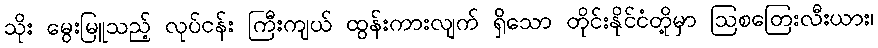
သိုး မွေးမြူသည့် လုပ်ငန်း ကြီးကျယ် ထွန်းကားလျက် ရှိသော တိုင်းနိုင်ငံတို့မှာ ဩစတြေးလီးယား၊